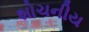
શોચનીય